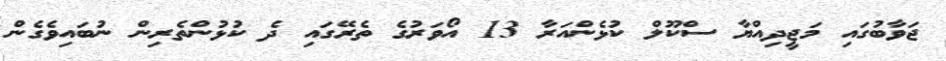
ޖަވާބުގައި މަޖީދިއްޔާ ސްކޫލް ކުޅެންއަރާ 13 އޯވަރުގެ ތެރޭގައި ދެ ކުޅުންތެރިން ނުބައިވެގެން